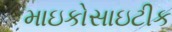
માઇકોસાઇટીક